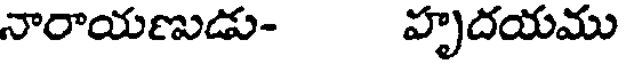
నారాయణుడు- హృదయము